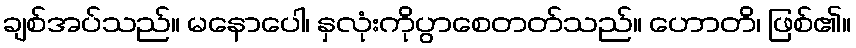
ချစ်အပ်သည်။ မနောပေါ၊ နှလုံးကိုပွာစေတတ်သည်။ ဟောတိ၊ ဖြစ်၏။